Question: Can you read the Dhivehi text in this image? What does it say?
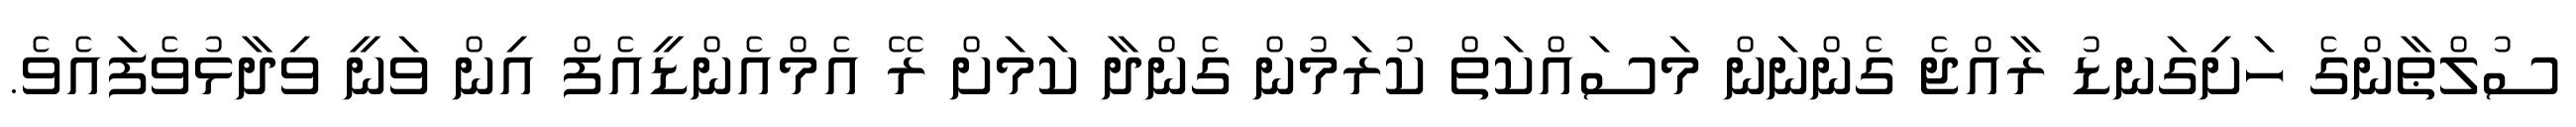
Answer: ސުލްޠާންގެ ހަށިގަނޑު ރާއްޖެ ގެންނަން މަސައްކަތް ކުރަމުން ގެންދާ ކަމަށް ރޭ އެމްއެންޑީއެފް އިން ވަނީ ވިދާޅުވެފައެވެ.